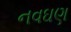
નવઘણ